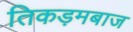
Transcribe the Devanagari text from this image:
तिकड़मबाज